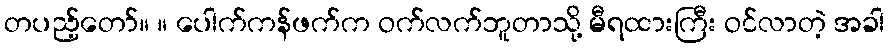
တပည့်တော်။ ။ ပေါက်ကန်ဖက်က ဝက်လက်ဘူတာသို့ မီရထားကြီး ဝင်လာတဲ့ အခါ